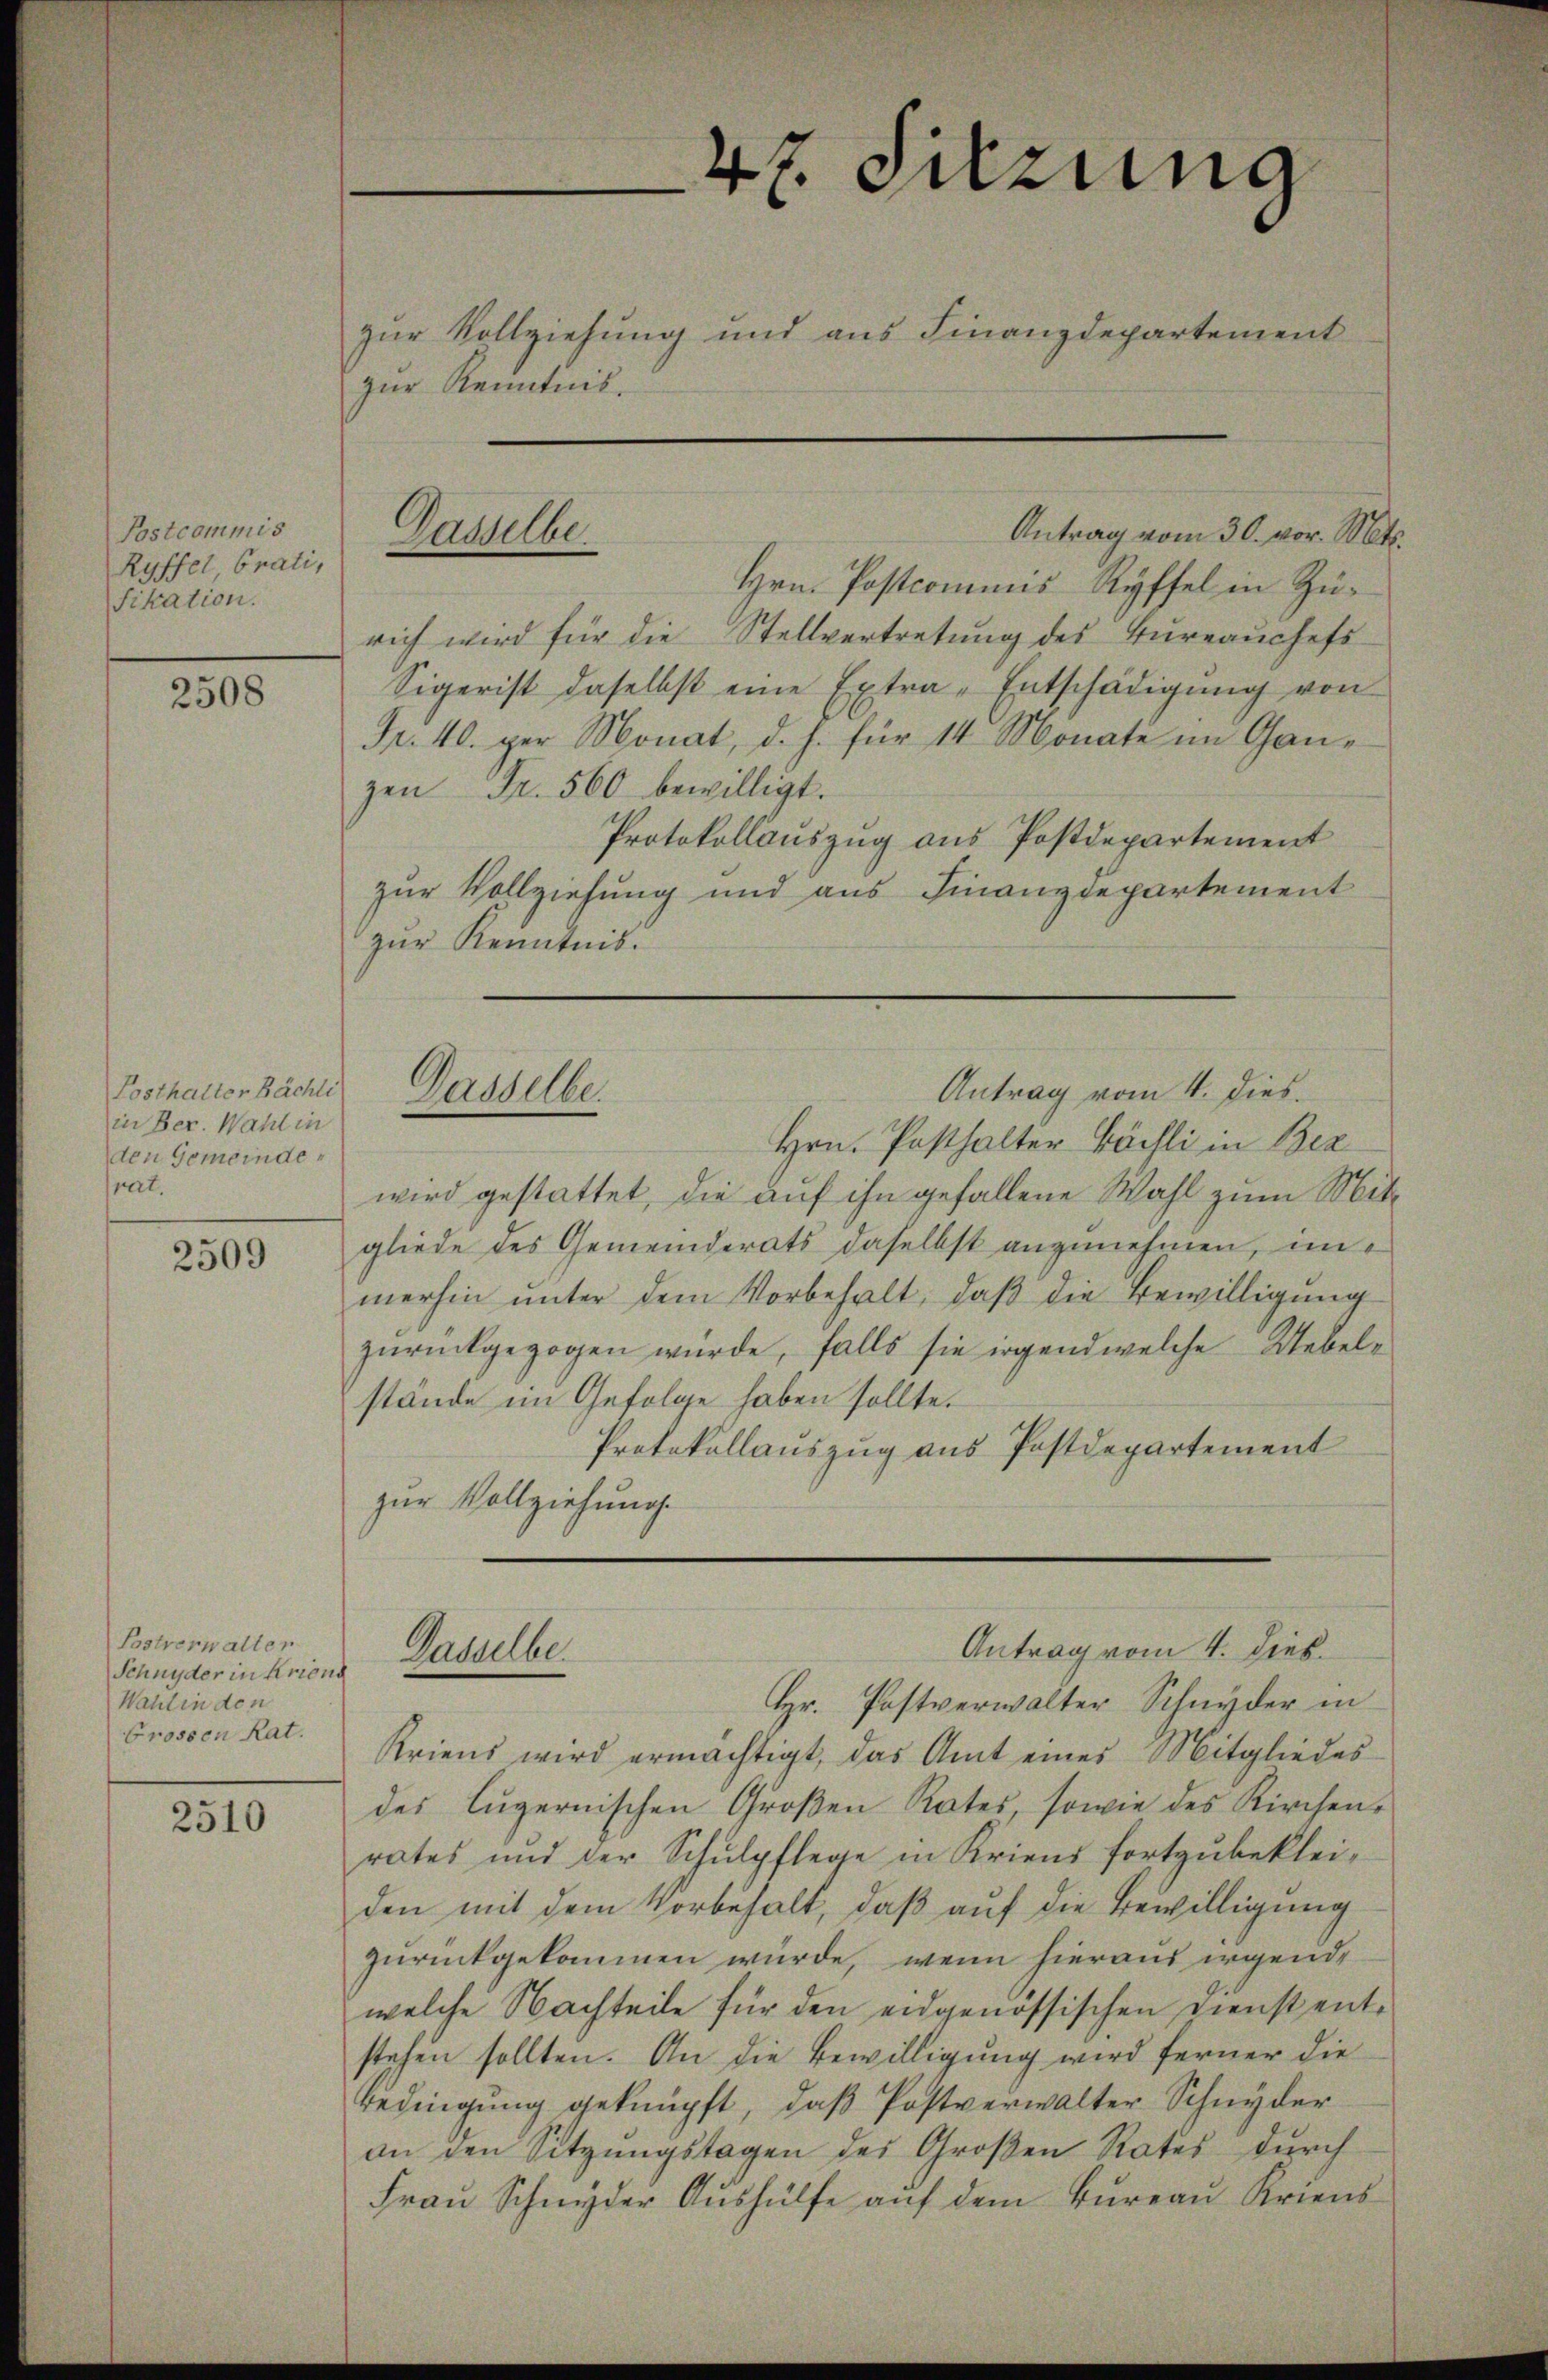
Postcommis
Ryffel, brati,
fikation.

2508

Posthalter Bächli
in Ber. Wahl in
den Gemeindepat.

2509

Postverwalter
Schnyder in Kriend
Wahl in den
Grossen Rat.

2510

zur Kenntnis.

Dasselbe

47. Sitzung
zur Vollziehung und aus Finanzdepartement

Hrn. Postcommis Ryffel in Zürich wird für die Stellvertretung des Büreaŭchefs
Sigerist daselbst eine Extra-Entschädigŭng von
Fr. 40. per Monat, d. h. für 14 Monate im Ganzen Fr. 560 bewilligt.
Protokollauszug aus Postdepartement
zur Vollziehung und aus Finanzdepartement
zur Kenntnis.
Antrag vom 4. dies.
Dasselbe.
Hrn. Posthalter Bächli in Bez
wird gestattet, die auf ihn gefallene Wahl zum Mitgliede des Gemeinderats daselbst anzunehmen, immerhin unter dem Vorbehalt, daβ die Bewilligung
zurückgezogen wurde, falls sie irgend welche Uebelstände im Gefolge haben sollte.
Protokollauszug aus Postdepartement
zur Vollziehung.

Antrag vom 30. vor. Mts.

Antrag vom 4. Dieb.
Gaselbe

Hr. Postverwalter Schnyder in
Kriens wird ermächtigt, das Amt eines Mitgliedes
des lugernischen Großen Rates, sowie des Kirchenrates und der Schulpflege in Kriens fortzubekleiden mit dem Vorbehalt, daß auf die Bewilligung
zurückgekommen würde, wenn hieraus irgende
welche Nachteile für den eidgenössischen Dienst entstehen sollten. An die Bewilligung wird ferner die
Bedingung geknüpft, daβ Postverwalter Schnyder
an den Sitzungstagen des Großen Rates durch
Fraŭ Schnyder Aŭshülfe aŭf dem Bŭreaŭ Kriens